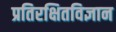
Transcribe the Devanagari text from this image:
प्रतिरक्षितविज्ञान